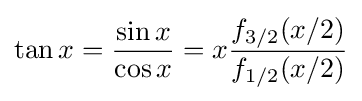
\tan x={\frac {\sin x}{\cos x}}=x{\frac {f_{3/2}(x/2)}{f_{1/2}(x/2)}}